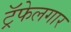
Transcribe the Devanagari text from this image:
ट्रॅफेलगार